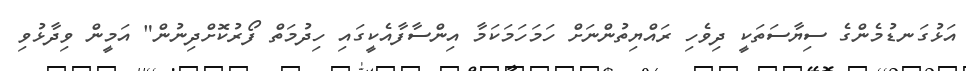
އަޅުގަނޑުމެންގެ ސިޔާސަތަކީ ދިވެހި ރައްޔިތުންނަށް ހަމަހަމަކަމާ އިންސާފާއެކީގައި ހިދުމަތް ފޯރުކޮށްދިނުން" އަމީން ވިދާޅުވި